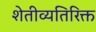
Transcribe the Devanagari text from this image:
शेतीव्यतिरिक्त